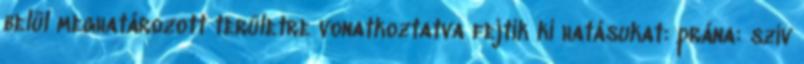
belül meghatározott területre vonatkoztatva fejtik ki hatásukat: prána: szív